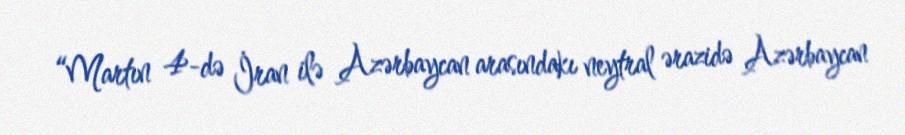
“Martın 4-də İran ilə Azərbaycan arasındakı neytral ərazidə Azərbaycan